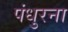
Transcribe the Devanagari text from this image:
पंधुरना